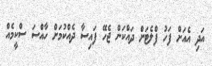
އަދި އެއަށް ފަހު ފްލެޓަށް ދައްކަން ޖެހޭ ފައިސާ ދެއްކުމަށް ހާއްސަ ސްކީމެއް